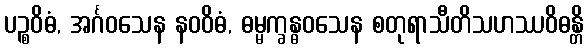
ပဉ္စဝိဓံ, အင်္ဂဝသေန နဝဝိဓံ, ဓမ္မက္ခန္ဓဝသေန စတုရာသီတိသဟဿဝိဓန္တိ